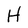
Character: H